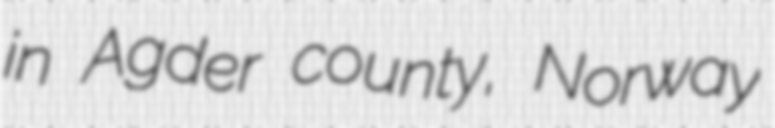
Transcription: in Agder county, Norway